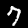
Digit: 7